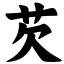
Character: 芡